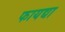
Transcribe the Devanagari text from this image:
फायद्या